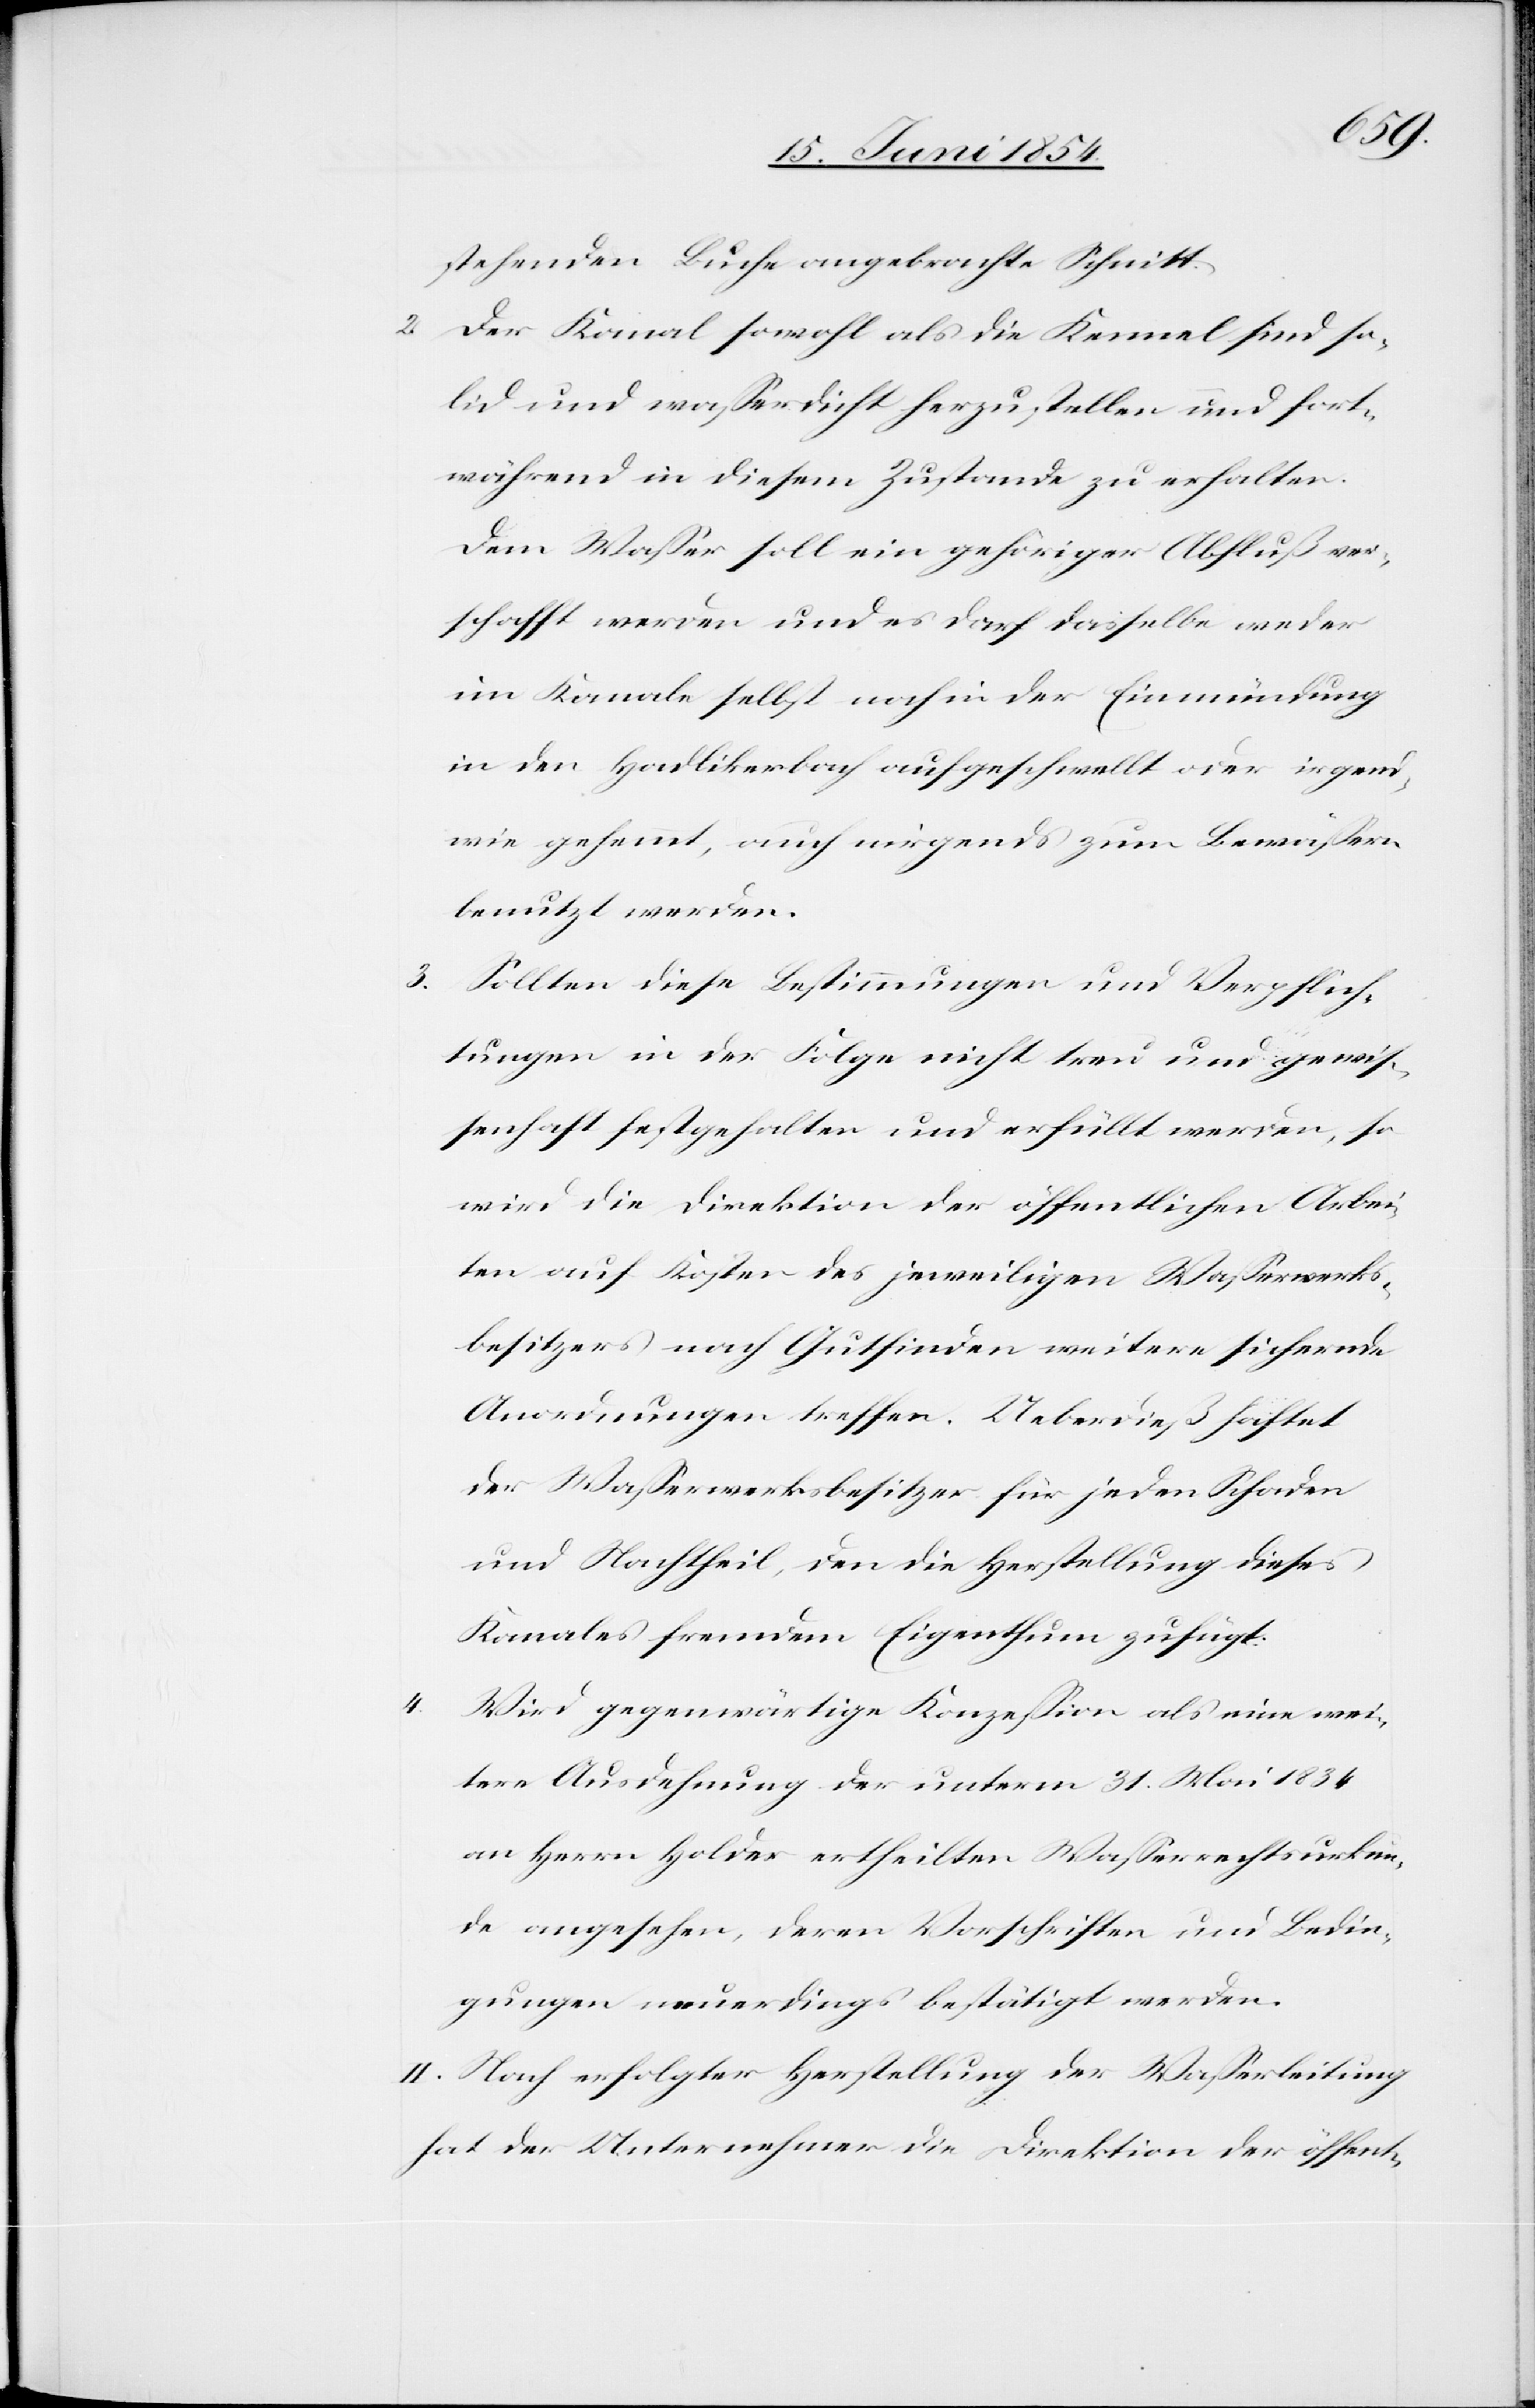
4.

stehenden Buche angebrachte Schnitt.
2. Der Kanal sowohl als die Kennel sind so¬
lid und waßerdicht herzustellen und fort¬
während in diesem Zustande zu erhalten.
Dem Waßer soll ein gehöriger Abfluß ver¬
schafft werden und es darf dasselbe weder
im Kanale selbst noch in der Eimündung
in den Hadlikerbach aufgeschwellt oder irgend¬
wie gehemmt, auch nirgends zum Bewäßern
benutzt werden.
3. Sollten diese Bestimmungen und Verpflich¬
tungen in der Folge nicht treu und gewiß¬
enhaft festgehalten und erfüllt werden, so
wird die Direktion der öffentlichen Arbei¬
ten auf Kosten des jeweiligen Waßerwerks¬
besitzers nach Gutfinden weitere sichernde
Anordnungen treffen. Ueberdieß haftet
der Waßerwerksbesitzer für jeden Schaden
und Nachtheil, den die Herstellung dieses
Kanales fremdem Eigenthum zufügt.
Wird gegenwärtige Konzeßion als eine wei¬
tere Ausdehnung der unterm 31. Mai 1834
an Herr Holder ertheilten Waßerrechtsurkun¬
de angesehen, deren Vorschriften und Bedin¬
gungen neuerdings bestätigt werden.
II. Nach erfolgter Herstellung der Waßerleitung
hat der Unternehmer die Direktion der öffent-